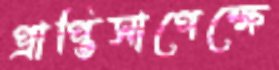
প্রাপ্তিসাপেক্ষে